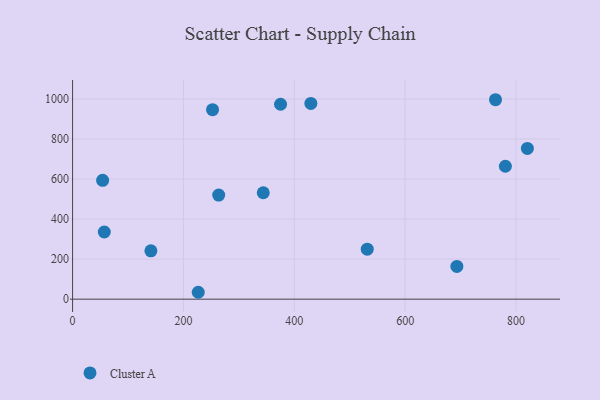
{"axis": {"x": "Experience", "y": "Demand"}, "legend": ["Cluster A"], "data": [{"x": "57.2", "y": 335.4, "type": "Cluster A"}, {"x": "693.3", "y": 163.5, "type": "Cluster A"}, {"x": "263.6", "y": 519.8, "type": "Cluster A"}, {"x": "54.2", "y": 593.6, "type": "Cluster A"}, {"x": "141.3", "y": 241.3, "type": "Cluster A"}, {"x": "429.9", "y": 977.2, "type": "Cluster A"}, {"x": "226.7", "y": 34.4, "type": "Cluster A"}, {"x": "531.6", "y": 249.4, "type": "Cluster A"}, {"x": "820.5", "y": 752.5, "type": "Cluster A"}, {"x": "344.0", "y": 531.3, "type": "Cluster A"}, {"x": "780.8", "y": 663.6, "type": "Cluster A"}, {"x": "763.0", "y": 995.8, "type": "Cluster A"}, {"x": "252.5", "y": 946.2, "type": "Cluster A"}, {"x": "375.2", "y": 973.2, "type": "Cluster A"}]}